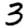
Digit: 3